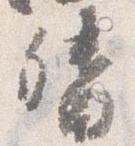
督